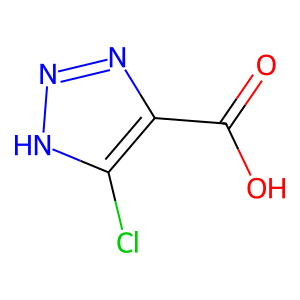
SMILES: O=C(O)c1nn[nH]c1Cl
Inhibits HIV replication: No